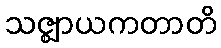
သဇ္ဈာယကတာတိ